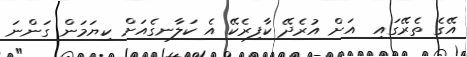
އޭގެ ތެރޭގައި  އަށް އުރެދޭ ކާފިރެކޭ އެ ކަލާނގެއަށް ކިޔަމަން ގަންނަ